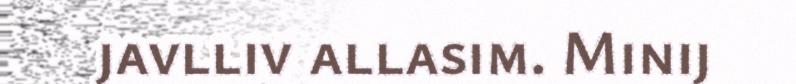
javlliv allasim. Minij